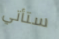
ستأتي